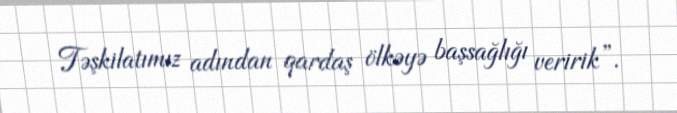
Təşkilatımız adından qardaş ölkəyə başsağlığı veririk”.